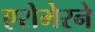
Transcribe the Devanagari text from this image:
एरोमेरने